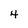
Character: 4